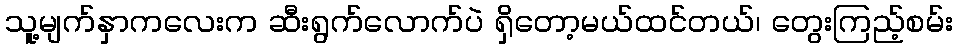
သူ့မျက်နှာကလေးက ဆီးရွက်လောက်ပဲ ရှိတော့မယ်ထင်တယ်၊ တွေးကြည့်စမ်း